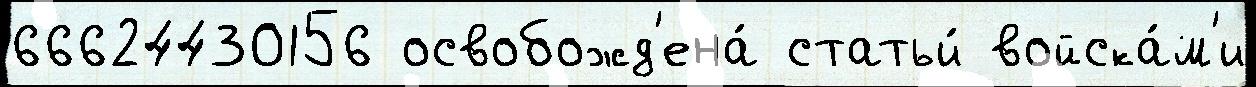
66624430156 освобожд'ена́ статьи́ войска́м'и